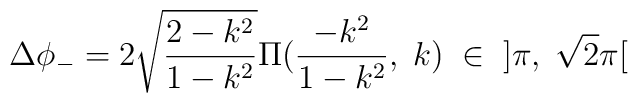
\Delta\phi_-=2\sqrt{\frac{2-k^2}{1-k^2}}\Pi(\frac{-k^2}{1-k^2},\;k)\;\in\;\;]\pi,\;\sqrt{2}\pi[